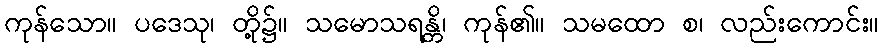
ကုန်သော။ ပဒေသု၊ တို့၌။ သမောသရန္တိ၊ ကုန်၏။ သမထော စ၊ လည်းကောင်း။